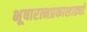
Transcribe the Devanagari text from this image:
भूषारत्नप्रकाशाढ्यो